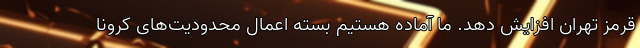
قرمز تهران افزایش دهد. ما آماده هستیم بسته اعمال محدودیت‌های کرونا